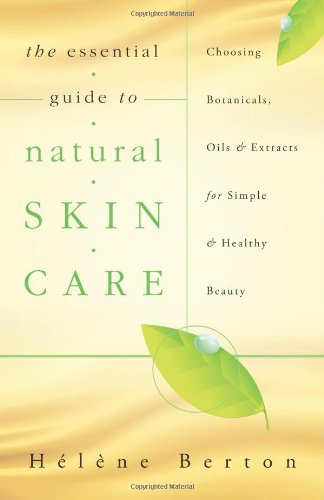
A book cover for The Essential Guide to Natural Skin Care: Choosing Botanicals, Oils & Extracts for Simple & Healthy Beauty; HÃ©lÃ¨ne Berton; Health, Fitness & Dieting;